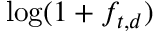
\log ( 1 + f _ { t , d } )